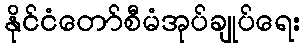
နိုင်ငံတော်စီမံအုပ်ချုပ်ရေး